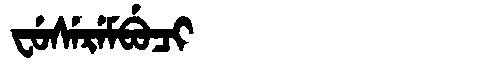
Manchu: ᠸᡠᠰᡝᡵᡝᠮᠪᡠᠴᡳ
Romanization: FUSEREMBUCI